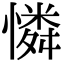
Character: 憐